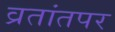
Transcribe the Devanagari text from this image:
व्रतांतपर